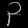
Digit: ၃